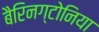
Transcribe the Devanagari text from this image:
बैरिनग्टोनिया